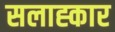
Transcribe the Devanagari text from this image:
सलाह्कार